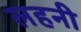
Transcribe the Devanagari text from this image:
लहनी